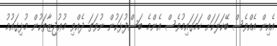
އެއިން އެއްވެސް ބޭކަލަކަށް ހަމަގައިމުވެސް އެންމެ ބަސްފުޅަކުން ނުވަތަ ދެއްވި މުޢުޖިޒާތަކުން މުޅިގައުމު